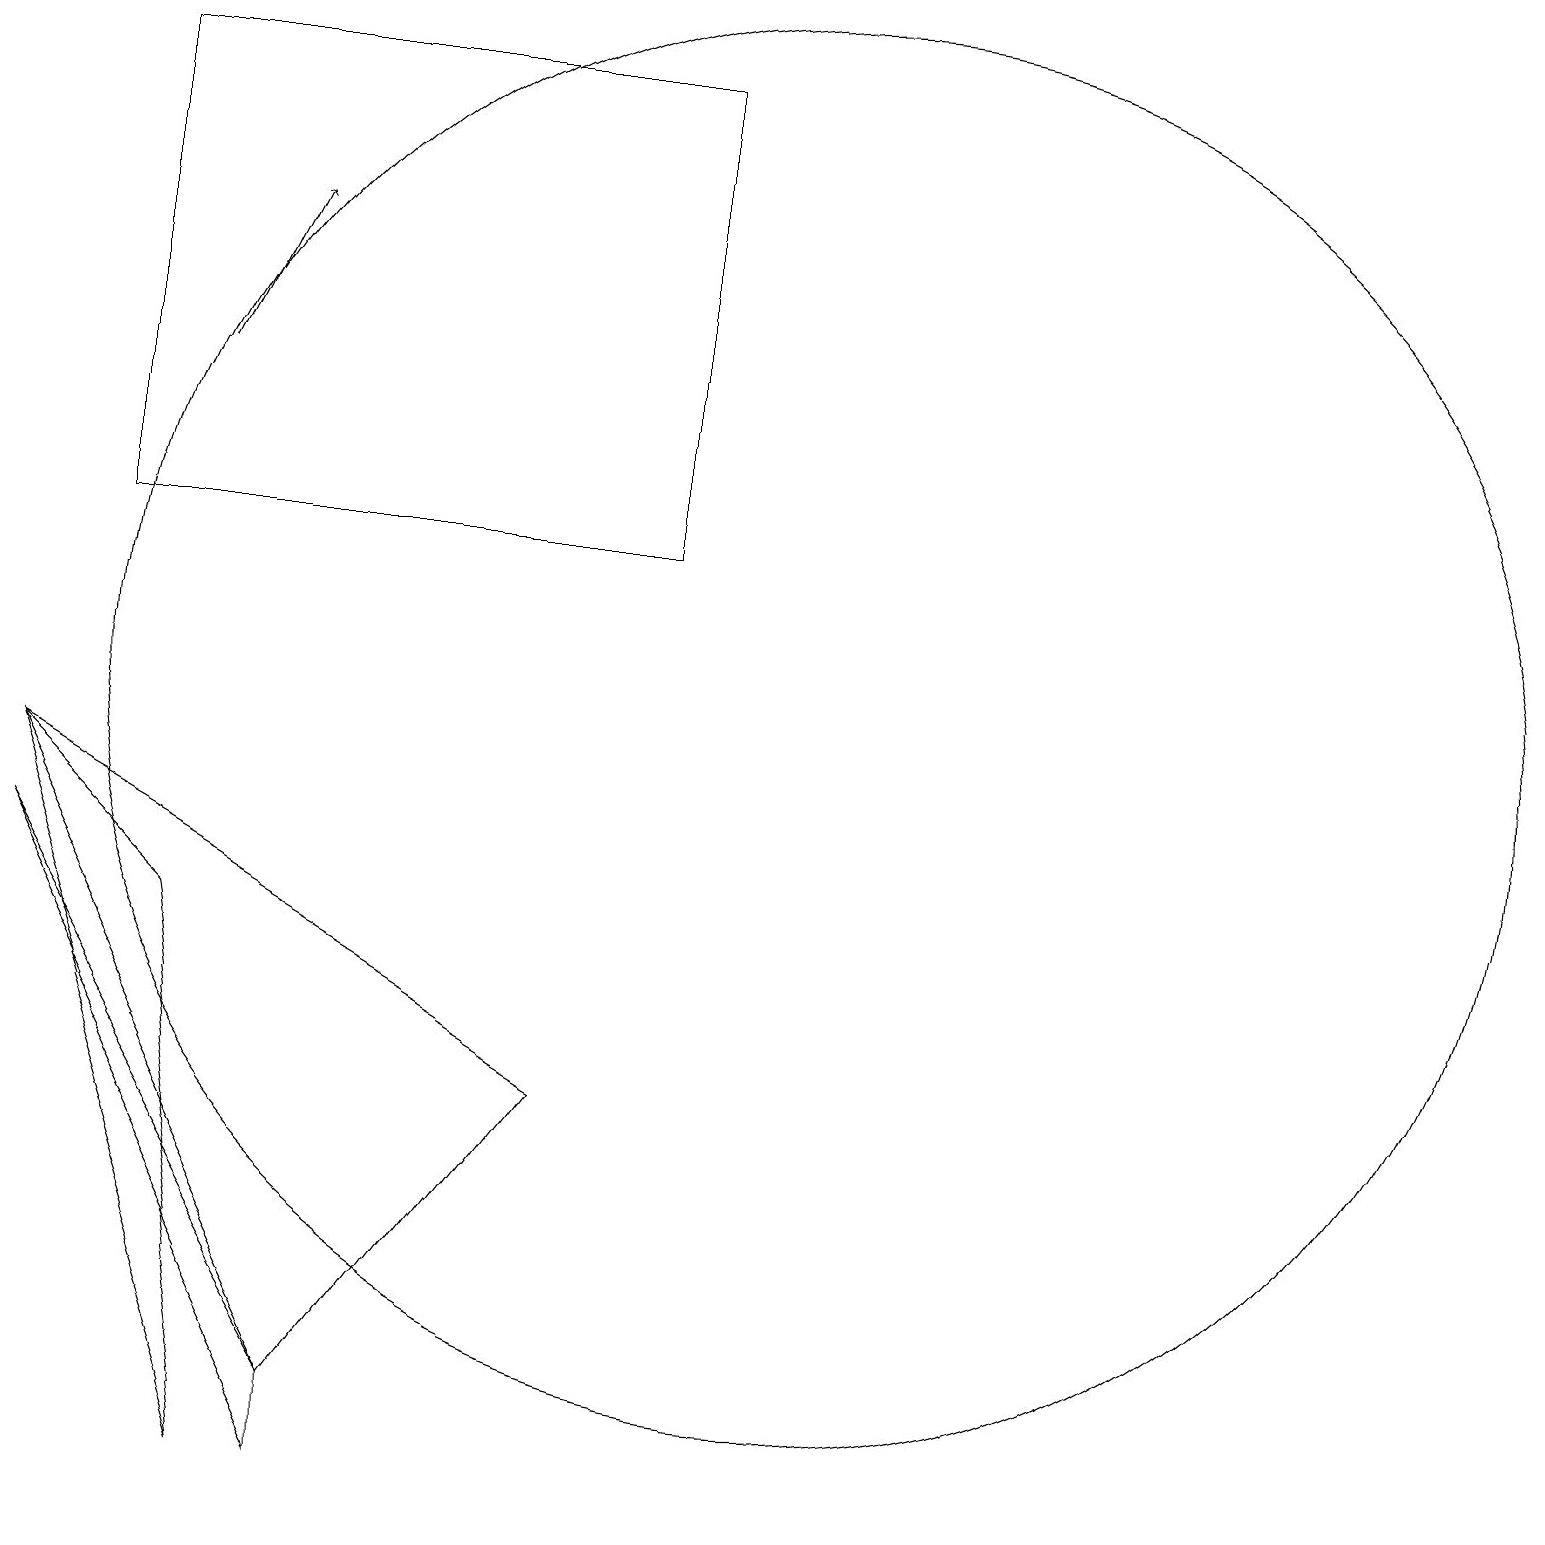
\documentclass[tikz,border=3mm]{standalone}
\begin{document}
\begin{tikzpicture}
\draw (8,12) rectangle (1,18);
\draw[->] (2,14) -- (3,16);
\draw (10,10) circle (9);
\draw (7,5) -- (4,1) -- (0,9) -- cycle;
\draw (4,1) -- (0,8) -- (4,0) -- cycle;
\draw (1,12) rectangle (4,12);
\draw (0,9) -- (2,7) -- (3,0) -- cycle;
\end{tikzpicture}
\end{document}